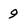
Character: 9